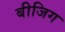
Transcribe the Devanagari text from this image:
बीजिग